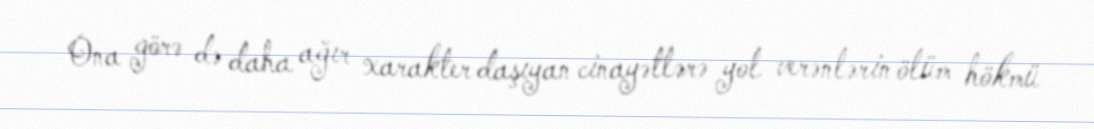
Ona görə də daha ağır xarakter daşıyan cinayətlərə yol verənlərin ölüm hökmü